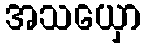
အသယှော